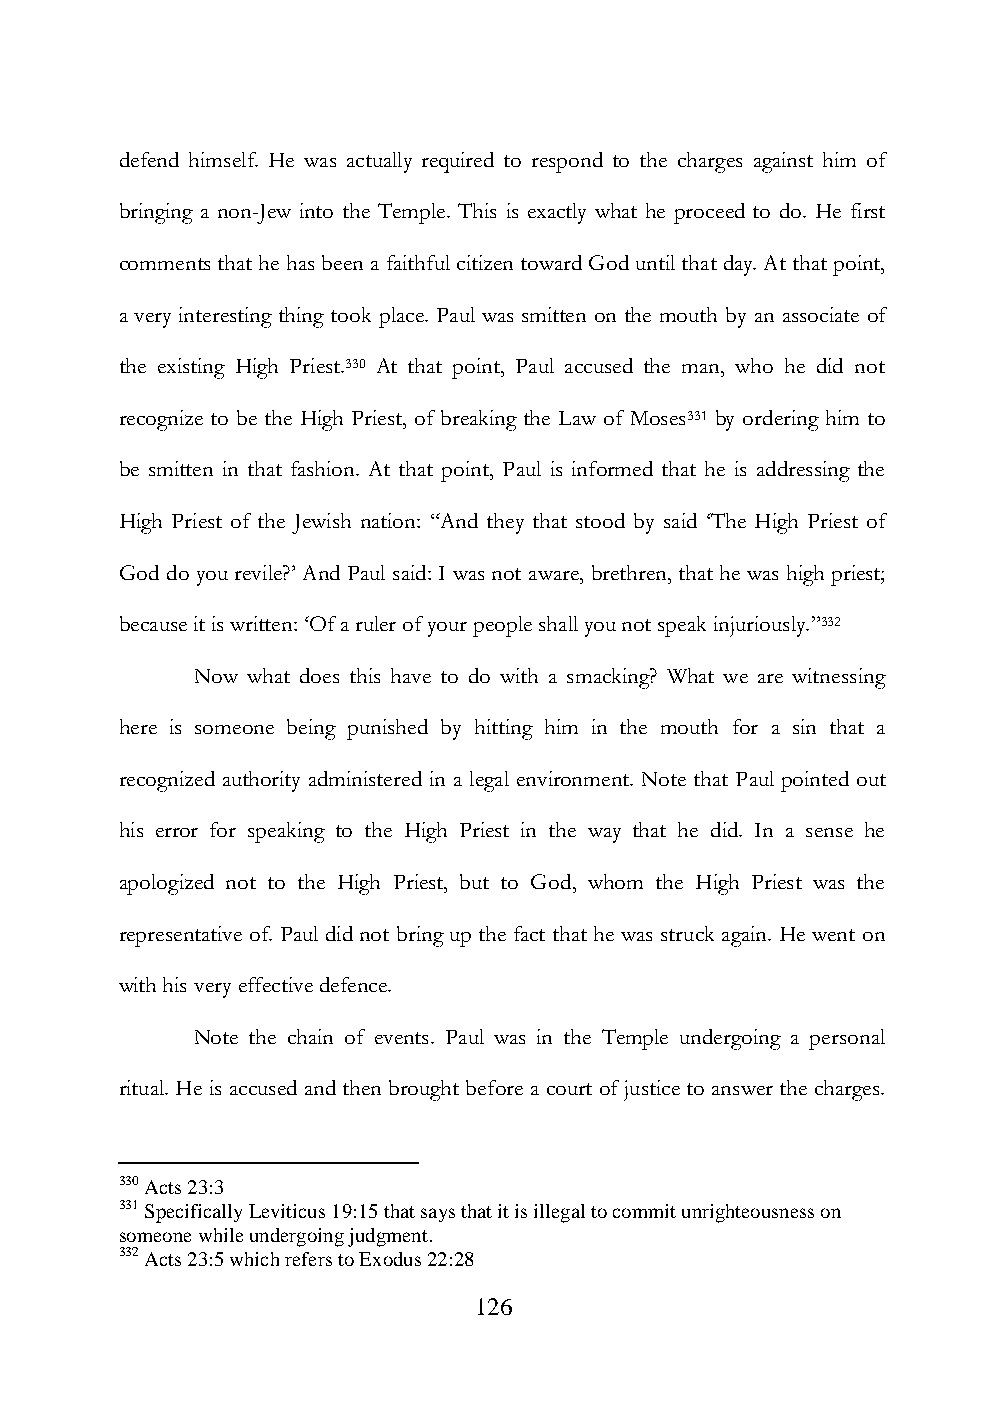
defend himself. He was actually required to respond to the charges against him of
 bringing a non-Jew into the Temple. This is exactly what he proceed to do. He first
 comments that he has been a faithful citizen toward God until that day. At that point,
 a very interesting thing took place. Paul was smitten on the mouth by an associate of
 the existing High Priest.330 At that point, Paul accused the man, who he did not
 recognize to be the High Priest, of breaking the Law of Moses331 by ordering him to
 be smitten in that fashion. At that point, Paul is informed that he is addressing the
 High Priest of the Jewish nation: “And they that stood by said „The High Priest of
 God do you revile?‟ And Paul said: I was not aware, brethren, that he was high priest;
 because it is written: „Of a ruler of your people shall you not speak injuriously.”332
 Now what does this have to do with a smacking? What we are witnessing
 here is someone being punished by hitting him in the mouth for a sin that a
 recognized authority administered in a legal environment. Note that Paul pointed out
 his error for speaking to the High Priest in the way that he did. In a sense he
 apologized not to the High Priest, but to God, whom the High Priest was the
 representative of. Paul did not bring up the fact that he was struck again. He went on
 with his very effective defence.
 Note the chain of events. Paul was in the Temple undergoing a personal
 ritual. He is accused and then brought before a court of justice to answer the charges.
 330 Acts 23:3
 331 Specifically Leviticus 19:15 that says that it is illegal to commit unrighteousness on
 someone while undergoing judgment.
 332 Acts 23:5 which refers to Exodus 22:28
 126